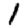
Digit: 1